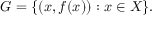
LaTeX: G = \{ ( x , f ( x ) ) : x \in X \} .